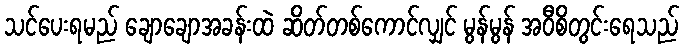
သင်ပေးရမည် ချောချောအခန်းထဲ ဆိတ်တစ်ကောင်လျှင် မွန်မွန် အဝီစိတွင်းရေသည်